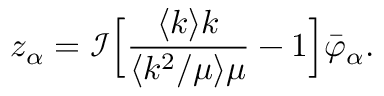
z _ { \alpha } = \mathcal { I } \Bigl [ \frac { \langle k \rangle k } { \langle k ^ { 2 } / \mu \rangle \mu } - 1 \Bigr ] \bar { \varphi } _ { \alpha } .